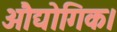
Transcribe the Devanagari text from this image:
औद्योगिक।